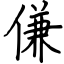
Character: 傔